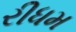
રીધમ